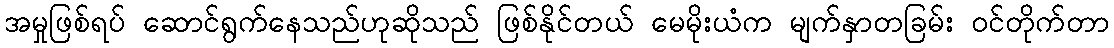
အမှုဖြစ်ရပ် ဆောင်ရွက်နေသည်ဟုဆိုသည် ဖြစ်နိုင်တယ် မေမိုးယံက မျက်နှာတခြမ်း ဝင်တိုက်တာ